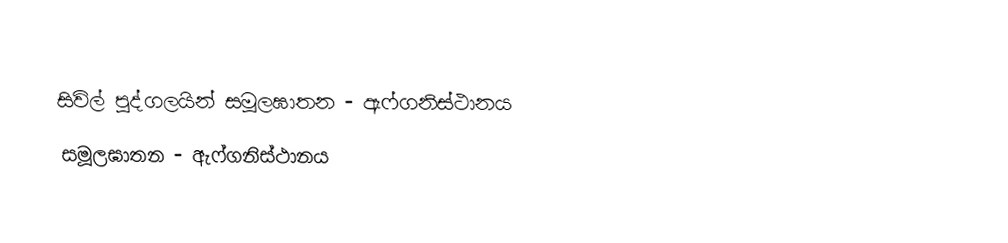
සිවිල් පුද්ගලයින් සමූලඝාතන - ඇෆ්ගනිස්ථානය
සමූලඝාතන - ඇෆ්ගනිස්ථානය